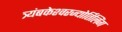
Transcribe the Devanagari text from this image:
त्र्यंबकेश्‍वरज्योर्तिलिंग